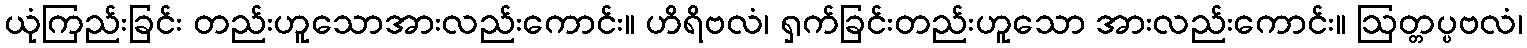
ယုံကြည်းခြင်း တည်းဟူသောအားလည်းကောင်း။ ဟိရိဗလံ၊ ရှက်ခြင်းတည်းဟူသော အားလည်းကောင်း။ ဩတ္တပ္ပဗလံ၊